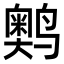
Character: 𬸩